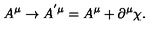
A ^ { \mu } \rightarrow A ^ { ^ { \prime } \mu } = A ^ { \mu } + \partial ^ { \mu } \chi .